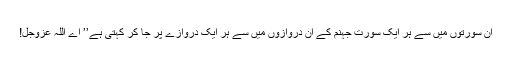
ان سورتوں میں سے ہر ایک سورت جہنم کے اُن دروازوں میں سے ہر ایک دروازے پر جا کر کہتی ہے’’ اے اللہ عَزَّوَجَلَّ!